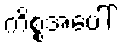
ကိစ္စအပေါ်